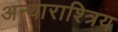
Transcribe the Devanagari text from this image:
अन्थाराश्त्रिय